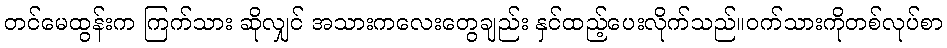
တင်မေထွန်းက ကြက်သား ဆိုလျှင် အသားကလေးတွေချည်း နှင်ထည့်ပေးလိုက်သည်။ဝက်သားကိုတစ်လုပ်စာ